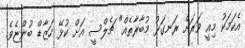
އެކަމަކު މިއީ ވަރަށް ރަނގަޅު މުބާރާތެއް" ޗެލްސީ އަށް ކުޅޭ ހަޒާޑް ބުންޏެވެ.